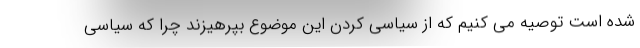
شده است توصیه می کنیم که از سیاسی کردن این موضوع بپرهیزند چرا که سیاسی